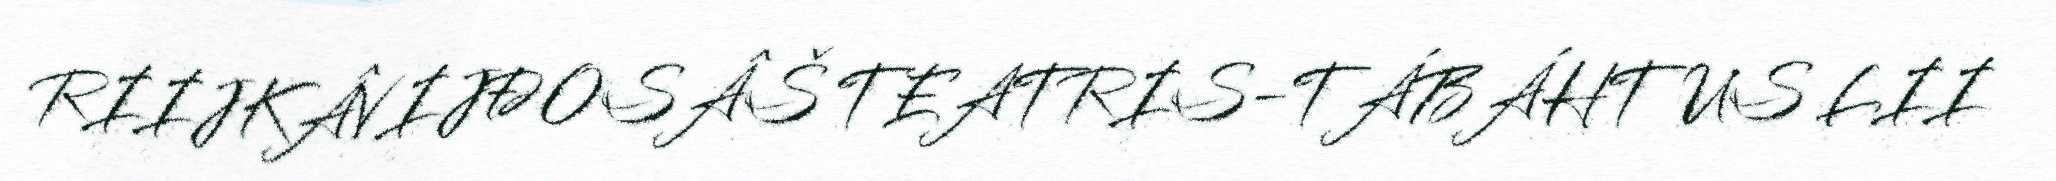
RIIJKÂVIJĐOSÂŠ TEATRIS-TÁBÁHTUS LII